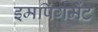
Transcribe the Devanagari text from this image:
इमपिंगमेंट